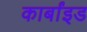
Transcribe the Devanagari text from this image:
कार्बांइड